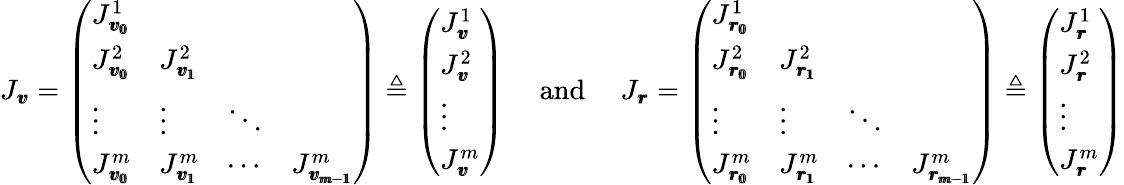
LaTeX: J_{\pmb{v}}=\left(\begin{array}{llll}{J_{\pmb{v_{0}}}^{1}}&&&\\ {J_{\pmb{v_{0}}}^{2}}&{J_{\pmb{v_{1}}}^{2}}&&\\ {\vdots}&{\vdots}&{\ddots}&\\ {J_{\pmb{v_{0}}}^{m}}&{J_{\pmb{v_{1}}}^{m}}&{\cdots}&{J_{\pmb{v_{m-1}}}^{m}}\end{array}\right)\triangleq\left(\begin{array}{l}{J_{\pmb{v}}^{1}}\\ {J_{\pmb{v}}^{2}}\\ {\vdots}\\ {J_{\pmb{v}}^{m}}\end{array}\right)\mathrm{\quad~and~\quad}J_{\pmb{r}}=\left(\begin{array}{llll}{J_{\pmb{r_{0}}}^{1}}&&&\\ {J_{\pmb{r_{0}}}^{2}}&{J_{\pmb{r_{1}}}^{2}}&&\\ {\vdots}&{\vdots}&{\ddots}&\\ {J_{\pmb{r_{0}}}^{m}}&{J_{\pmb{r_{1}}}^{m}}&{\cdots}&{J_{\pmb{r_{m-1}}}^{m}}\end{array}\right)\triangleq\left(\begin{array}{l}{J_{\pmb{r}}^{1}}\\ {J_{\pmb{r}}^{2}}\\ {\vdots}\\ {J_{\pmb{r}}^{m}}\end{array}\right)